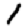
Digit: 1